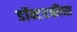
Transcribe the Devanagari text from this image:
डॉक्टरकीचा